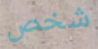
شخص